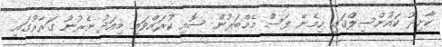
ކާށިދޫ ކައުންސިލްގައި ހިމެނޭ ފަސް މެމްބަރުން ސޮއި ކުރައްވައި މިއަދު ނެރުނު ގަރާރުގައި